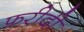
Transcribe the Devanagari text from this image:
फ़रीदी